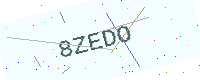
Text: 8ZEDO